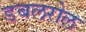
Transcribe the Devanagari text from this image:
डबलरोल